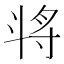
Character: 𣁻